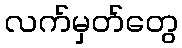
လက်မှတ်တွေ